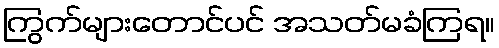
ကြွက်များတောင်ပင် အသတ်မခံကြရ။